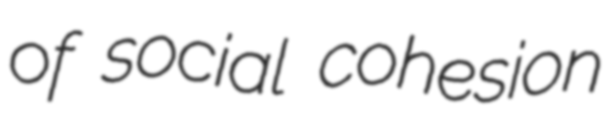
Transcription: of social cohesion